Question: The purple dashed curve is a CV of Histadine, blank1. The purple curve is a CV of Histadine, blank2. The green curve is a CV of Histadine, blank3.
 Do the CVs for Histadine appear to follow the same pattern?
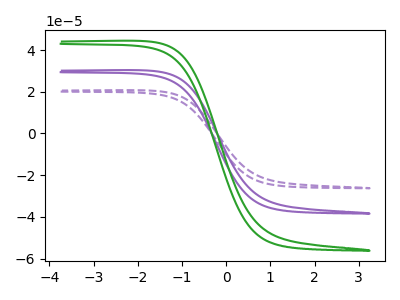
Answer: <think>The purple dashed curve "Histadine, blank1" has no peaks. The purple curve "Histadine, blank2" has no peaks. The green curve "Histadine, blank3" has no peaks.
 Neither "Histadine, blank1" or "Histadine, blank2" have any peaks. Neither "Histadine, blank1" or "Histadine, blank3" have any peaks. Neither "Histadine, blank2" or "Histadine, blank3" have any peaks.</think>
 <answer>All the CV's of "Histadine" have similar shape.</answer>
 <eval>follow_rule</eval>